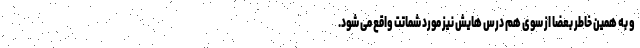
و به همین خاطر بعضا از سوی هم درس هایش نیز مورد شماتت واقع می شود.